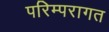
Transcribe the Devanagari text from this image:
परिम्परागत